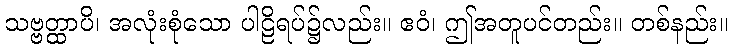
သဗ္ဗတ္ထာပိ၊ အလုံးစုံသော ပါဠိရပ်၌လည်း။ ဧဝံ၊ ဤအတူပင်တည်း။ တစ်နည်း။